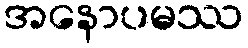
အနောပမဿ